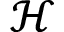
\mathcal { H }